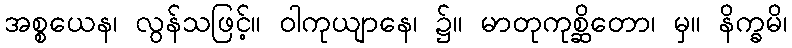
အစ္စယေန၊ လွန်သဖြင့်။ ဝါကုယျာနေ၊ ၌။ မာတုကုစ္ဆိတော၊ မှ။ နိက္ခမိ၊